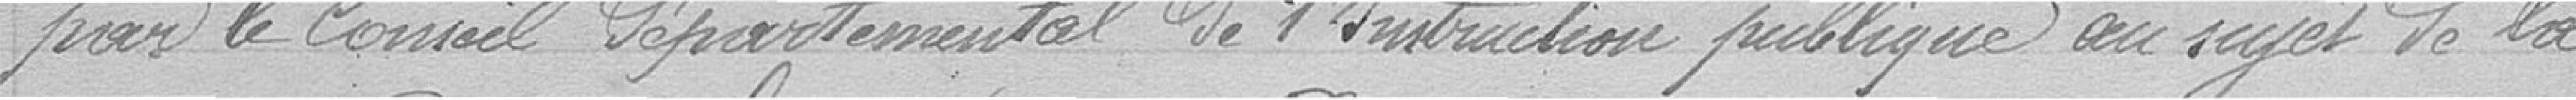
par le Conseil Départemental de l'Instruction publique au sujet de la